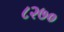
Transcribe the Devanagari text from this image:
८२७०